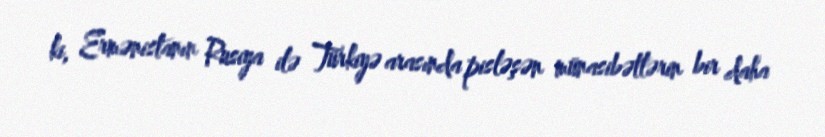
ki, Ermənistanın Rusiya ilə Türkiyə arasında pisləşən münasibətlərin bir daha